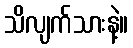
သိလျက်သားနဲ့။